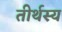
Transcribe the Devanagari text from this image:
तीर्थस्य